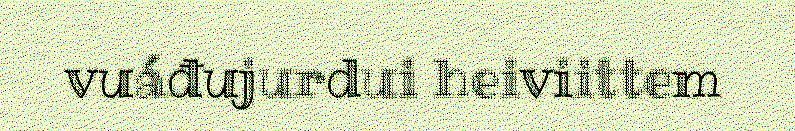
vuáđujurdui heiviittem